Indian Civil Veterinary Department memoirs
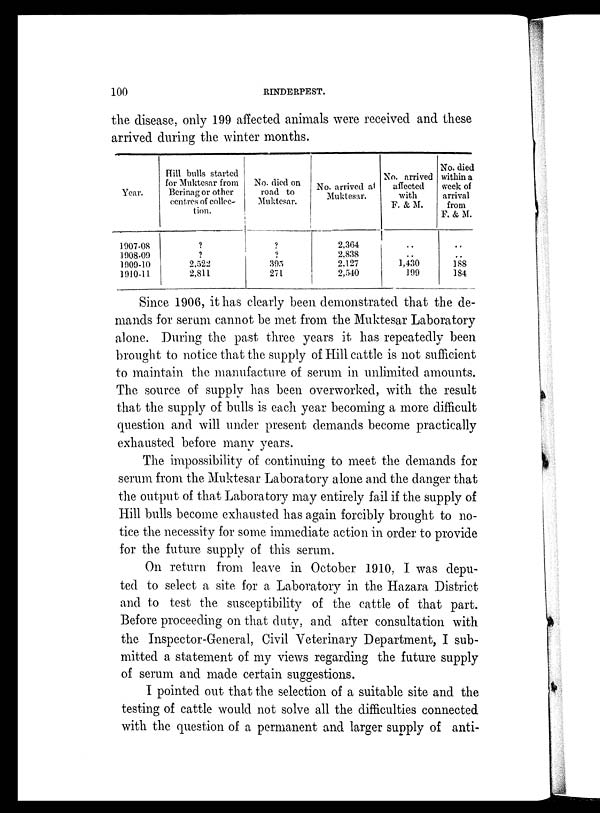
100
RINDERPEST.
the disease, only 199 affected animals were received and these
arrived during the winter months.
Year.
1907-08
1908-09
1909-10
1910-11
Hill bulls started
for Muktesar from
Berinag or other
centres of collec-
tion.
?
?
2,522
2,811
No. died on
road to
Muktesar.
?
?
395
271
No. arrived at
Muktesar.
2,364
2,838
2,127
2,540
No. arrived
affected
with
F. & M.
..
..
1,430
199
No. died
within a
week of
arrival
from
F. & M.
..
..
188
184
Since 1906, it has clearly been demonstrated that the de-
mands for serum cannot be met from the Muktesar Laboratory
alone. During the past three years it has repeatedly been
brought to notice that the supply of Hill cattle is not sufficient
to maintain the manufacture of serum in unlimited amounts.
The source of supply has been overworked, with the result
that the supply of bulls is each year becoming a more difficult
question and will under present demands become practically
exhausted before many years.
The impossibility of continuing to meet the demands for
serum from the Muktesar Laboratory alone and the danger that
the output of that Laboratory may entirely fail if the supply of
Hill bulls become exhausted has again forcibly brought to no-
tice the necessity for some immediate action in order to provide
for the future supply of this serum.
On return from leave in October 1910, I was depu-
ted to select a site for a Laboratory in the Hazara District
and to test the susceptibility of the cattle of that part.
Before proceeding on that duty, and after consultation with
the Inspector-General, Civil Veterinary Department, I sub-
mitted a statement of my views regarding the future supply
of serum and made certain suggestions.
I pointed out that the selection of a suitable site and the
testing of cattle would not solve all the difficulties connected
with the question of a permanent and larger supply of anti-